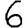
Digit: 6